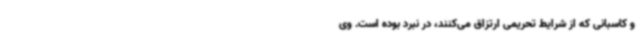
و کاسبانی که از شرایط تحریمی ارتزاق می‌کنند، در نبرد بوده است. وی